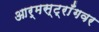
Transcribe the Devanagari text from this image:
आर्मस्ट्राँगवर